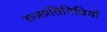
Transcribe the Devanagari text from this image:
राजप्रतिनिधियों